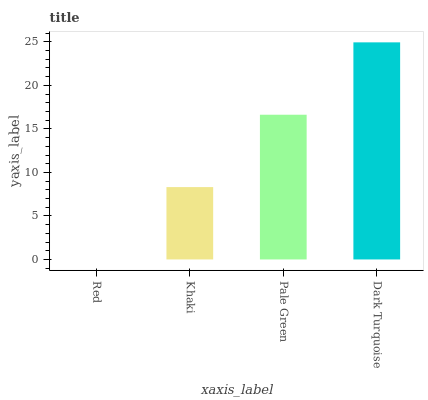
| xaxis_label | bars |
 | --- | --- |
 | Red | 0 |
 | Khaki | 8.31 |
 | Pale Green | 16.6 |
 | Dark Turquoise | 24.9 |